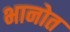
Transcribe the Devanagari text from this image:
भानोत